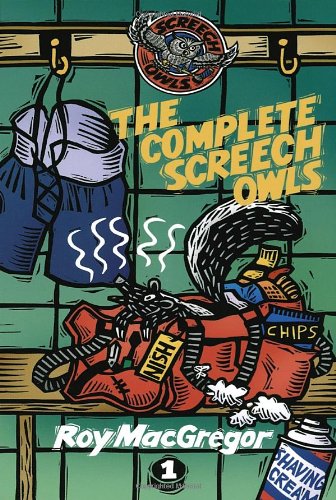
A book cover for The Complete Screech Owls, Volume 1; Roy MacGregor; Children's Books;